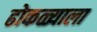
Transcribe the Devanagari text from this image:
ढोकळ्याला